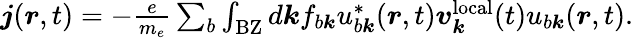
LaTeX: \begin{array}{r}{\boldsymbol j(\boldsymbol r,t)=-\frac{e}{m_{e}}\sum_{b}\int_{\mathrm{BZ}}d\boldsymbol kf_{b\boldsymbol k}u_{b\boldsymbol k}^{*}(\boldsymbol r,t)\boldsymbol v_{\boldsymbol k}^{\mathrm{local}}(t)u_{b\boldsymbol k}(\boldsymbol r,t).}\end{array}